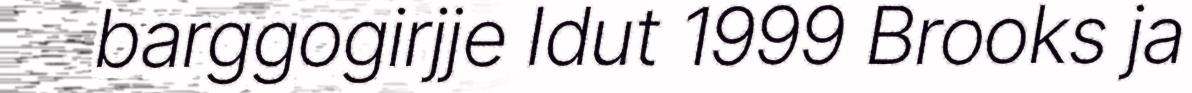
barggogirjje Idut 1999 Brooks ja